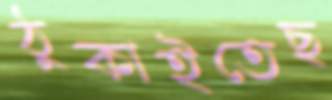
ঠুকাইতেছ